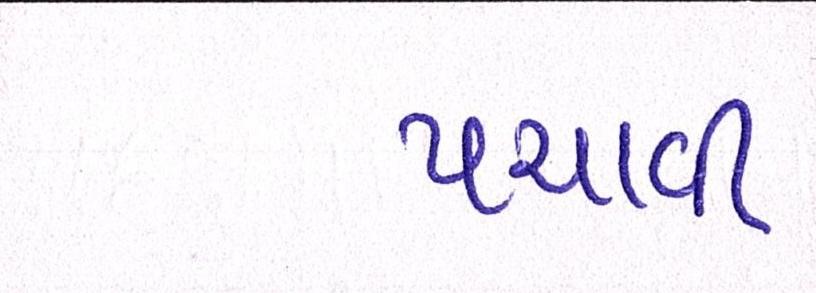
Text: પચાવી